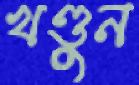
খণ্ডুন